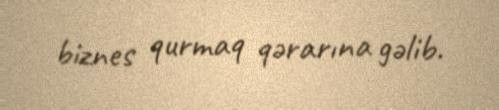
biznes qurmaq qərarına gəlib.